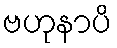
ဗဟုနာပိ